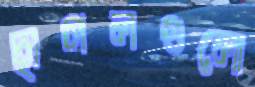
ছাগলগুলো